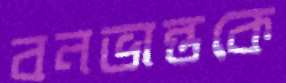
বনভান্তকে